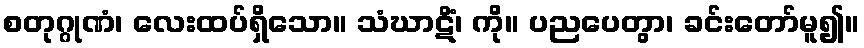
စတုဂ္ဂုဏံ၊ လေးထပ်ရှိသော။ သံဃာဋိံ၊ ကို။ ပညပေတွာ၊ ခင်းတော်မူ၍။